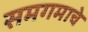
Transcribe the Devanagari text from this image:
समगमाचे